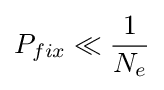
P_{fix}\ll {\frac {1}{N_{e}}}